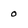
Character: o